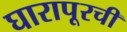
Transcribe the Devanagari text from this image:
घारापूरची